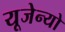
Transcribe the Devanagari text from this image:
यूजेन्यो